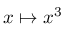
x \mapsto x ^ { 3 }